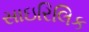
સાઇરિલિક